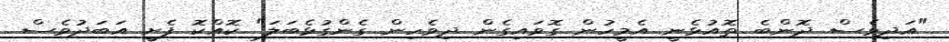
"އަދިވެސް ދޮންބެ ތޮއުޅެނީ އެމީހުން ގޮވައިގެން ދިވެހިން ގެންގުޅެބަލަ" ކޮއްކޮ ފެށީ އަބަދުވެސް